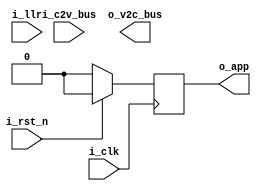
module vn #(
	parameter	MSG_WIDTH 	=	0	,
	parameter	PCM_ROWN	=	0			// # column blocks
) (
	input									i_clk		,
	input									i_rst_n		,
	
	input	[MSG_WIDTH-1:0]					i_llr		,
	input	[MSG_WIDTH*PCM_ROWN-1:0]		i_c2v_bus	,
	
	output	reg								o_app		,			
	output	reg	[MSG_WIDTH*PCM_ROWN-1:0]	o_v2c_bus	
);


// ------------------------v Input assign v--------------------
wire	signed	[MSG_WIDTH-1:0]	w_c2v [0:PCM_ROWN-1];
wire	signed	[MSG_WIDTH-1:0]	w_i_llr;
assign w_i_llr = i_llr;

genvar i;
generate
	for(i=0; i<PCM_ROWN; i=i+1)	begin: INPUT_ASSIGN
		assign	w_c2v[i] = i_c2v_bus[MSG_WIDTH*(i+1)-1:MSG_WIDTH*i];
	end
endgenerate


// ------------------------v Input assign v--------------------

// ------------------------v Add up v--------------------------
localparam	POS_MAX = (1 << MSG_WIDTH-1)-1	;
localparam	NEG_MAX = - POS_MAX				;

wire signed	[MSG_WIDTH + PCM_ROWN-1:0]	w_sum;
generate
	if(PCM_ROWN == 6)	begin
		assign	w_sum = w_c2v[0] + w_c2v[1] + w_c2v[2] + w_c2v[3]+ w_c2v[4]+ w_c2v[5] + w_i_llr; 
	end
	else;
endgenerate

wire	signed	[MSG_WIDTH + (PCM_ROWN+1)-1 : 0]	w_v2c_pre	[0:PCM_ROWN-1];
wire	signed	[MSG_WIDTH-1:0]						w_v2c		[0:PCM_ROWN-1];
generate
	for(i=0; i<PCM_ROWN; i=i+1) begin: SUB
		assign	w_v2c_pre[i] 	= w_sum - w_c2v[i];
		assign	w_v2c[i]		= w_v2c_pre[i] > POS_MAX ? POS_MAX : w_v2c_pre[i] < NEG_MAX ? NEG_MAX : w_v2c_pre[i]; 
	end
endgenerate
// ------------------------^ Add up ^--------------------------

// ------------------------v T_to_S v--------------------------
wire	[MSG_WIDTH-1:0]	w_v2c_sign_mag	[0:PCM_ROWN-1];
generate
	for(i=0; i<PCM_ROWN; i=i+1)	begin: T_to_S
		assign	w_v2c_sign_mag[i] = w_v2c[i][MSG_WIDTH-1]
										? {w_v2c[i][MSG_WIDTH-1], ~w_v2c[i][MSG_WIDTH-2:0]+1}
										: w_v2c[i];

		always@(posedge i_clk)	begin
			if(~i_rst_n)				o_v2c_bus[(i+1)*MSG_WIDTH-1:i*MSG_WIDTH] <= 'd0;
			else						o_v2c_bus[(i+1)*MSG_WIDTH-1:i*MSG_WIDTH] <= w_v2c_sign_mag[i];
		end
	end
endgenerate

always @(posedge i_clk)	begin
	if(~i_rst_n)			o_app <= 0;
	else					o_app <= w_sum[MSG_WIDTH + PCM_ROWN - 1];
end
// ------------------------^ T_to_S ^--------------------------

endmodule